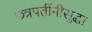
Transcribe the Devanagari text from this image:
छत्रपतींनीसुद्धा